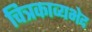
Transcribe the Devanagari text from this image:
चित्रकाव्यभेद